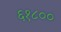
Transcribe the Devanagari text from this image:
६१८००